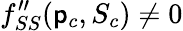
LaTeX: f_{SS}^{\prime\prime}(\mathsf{p}_{c},S_{c})\neq0